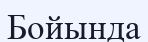
Бойында